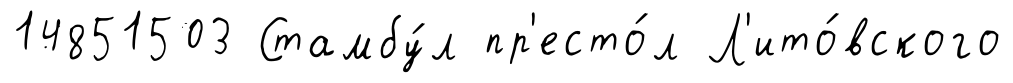
14851503 Стамбу́л пр'есто́л Л'ито́вского